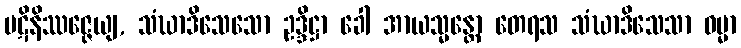
ပဋိနိဿဇ္ဇေယျ, သံဃာဒိသေသော ဥဒ္ဒိဋ္ဌာ ခေါ အာယသ္မန္တော တေရသ သံဃာဒိသေသာ ဓမ္မာ